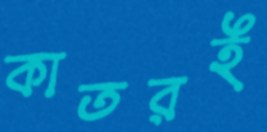
কাতরই